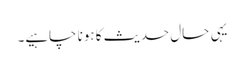
یہی حال حدیث کا ہونا چاہیے۔